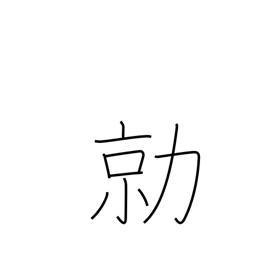
Meaning: fierce